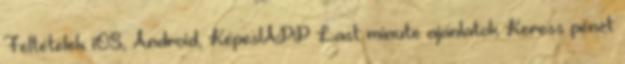
Feltételek iOS, Android, KépeslAPP Last minute ajánlatok Keress pénzt